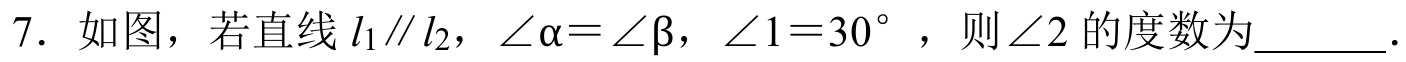
7. 如图，若直线 \(l_{1}\parallel l_{2}\)，\(\angle\alpha=\angle\beta\)，\(\angle 1 = 30^{\circ}\)，则 \(\angle 2\) 的度数为  .